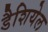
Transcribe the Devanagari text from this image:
डैशियेल